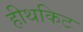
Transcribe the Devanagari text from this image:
हीथकिट